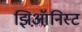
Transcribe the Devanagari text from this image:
झिऑनिस्ट